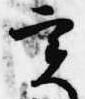
実